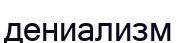
дениализм